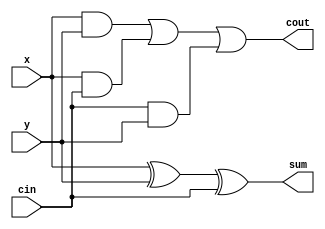

module fulladder1bit(x,y,cin,sum,cout); 
input x , y , cin;
output sum,cout  ;

assign cout = (x&&y) || (x&&cin) || (cin&&y) ;
assign sum = x ^ y ^ cin ;

endmodule

module fulladder2bit(x,y,cin,sum,cout);
input [0:1] x ;
input [0:1] y ;
input cin ;
output [0:1] sum ;
output cout;
wire [0:1] carryouts ;

fulladder1bit f1(x[0],y[0],cin,sum[0],carryouts[0]);
fulladder1bit f2(x[1],y[1],carryouts[0],sum[1],cout);

endmodule

module fulladder4bit(x,y,cin,sum,cout);
input [0:3] x ;
input [0:3] y ;
input cin ;
output [0:3] sum ;
output cout;
wire [0:1] carryouts ;

fulladder2bit f1(x[0:1],y[0:1],cin,sum[0:1],carryouts[0]);
fulladder2bit f2(x[2:3],y[2:3],carryouts[0],sum[2:3],cout);

endmodule

module fulladder16bit(x,y,cin,sum,cout);
input [0:15] x ;
input [0:15] y ;
input cin ;
output [0:15] sum ;
output cout;
wire [0:2] middle_carry ;

fulladder4bit f1(x[0:3],y[0:3],cin,sum[0:3],middle_carry[0]);
fulladder4bit f2(x[4:7],y[4:7],middle_carry[0],sum[4:7],middle_carry[1]);
fulladder4bit f3(x[8:11],y[8:11],middle_carry[1],sum[8:11],middle_carry[2]);
fulladder4bit f4(x[12:15],y[12:15],middle_carry[2],sum[12:15],cout);
endmodule



module fulladder64bit(x,y,cin,sum,cout);
input [0:63] x ;
input [0:63] y ;
input cin ;
output [0:63] sum ;
output cout;
wire [0:2] middle_carry ;

fulladder16bit f1(x[0:15],y[0:15],cin,sum[0:15],middle_carry[0]);
fulladder16bit f2(x[16:31],y[16:31],middle_carry[0],sum[16:31],middle_carry[1]);
fulladder16bit f3(x[32:47],y[32:47],middle_carry[1],sum[32:47],middle_carry[2]);
fulladder16bit f4(x[48:63],y[48:63],middle_carry[2],sum[48:63],cout);
endmodule